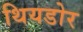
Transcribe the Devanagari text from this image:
थियडोर